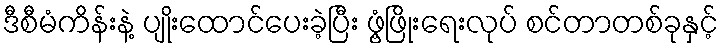
ဒီစီမံကိန်းနဲ့ ပျိုးထောင်ပေးခဲ့ပြီး ဖွံ့ဖြိုးရေးလုပ် စင်တာတစ်ခုနှင့်